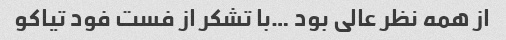
از همه نظر عالی بود …با تشکر از فست فود تیاکو